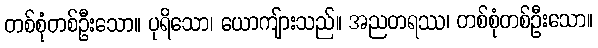
တစ်စုံတစ်ဦးသော။ ပုရိသော၊ ယောကျ်ားသည်။ အညတရဿ၊ တစ်စုံတစ်ဦးသော။